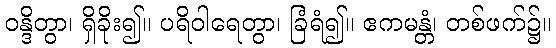
ဝန္ဒိတွာ၊ ရှိခိုး၍။ ပရိဝါရေတွာ၊ ခြံရံ၍။ ဧကမန္တံ၊ တစ်ဖက်၌။